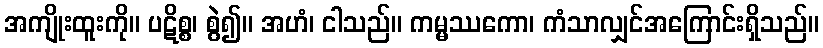
အကျိုးထူးကို။ ပဋိစ္စ၊ စွဲ၍။ အဟံ၊ ငါသည်။ ကမ္မဿကော၊ ကံသာလျှင်အကြောင်းရှိသည်။